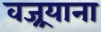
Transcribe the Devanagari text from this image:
वज्र्रयाना